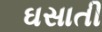
ઘસાતી